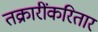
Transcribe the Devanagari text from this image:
तक्रारींकरितार